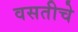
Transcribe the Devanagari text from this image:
वसतीचे